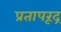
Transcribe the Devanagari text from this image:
प्रतापरूद्र